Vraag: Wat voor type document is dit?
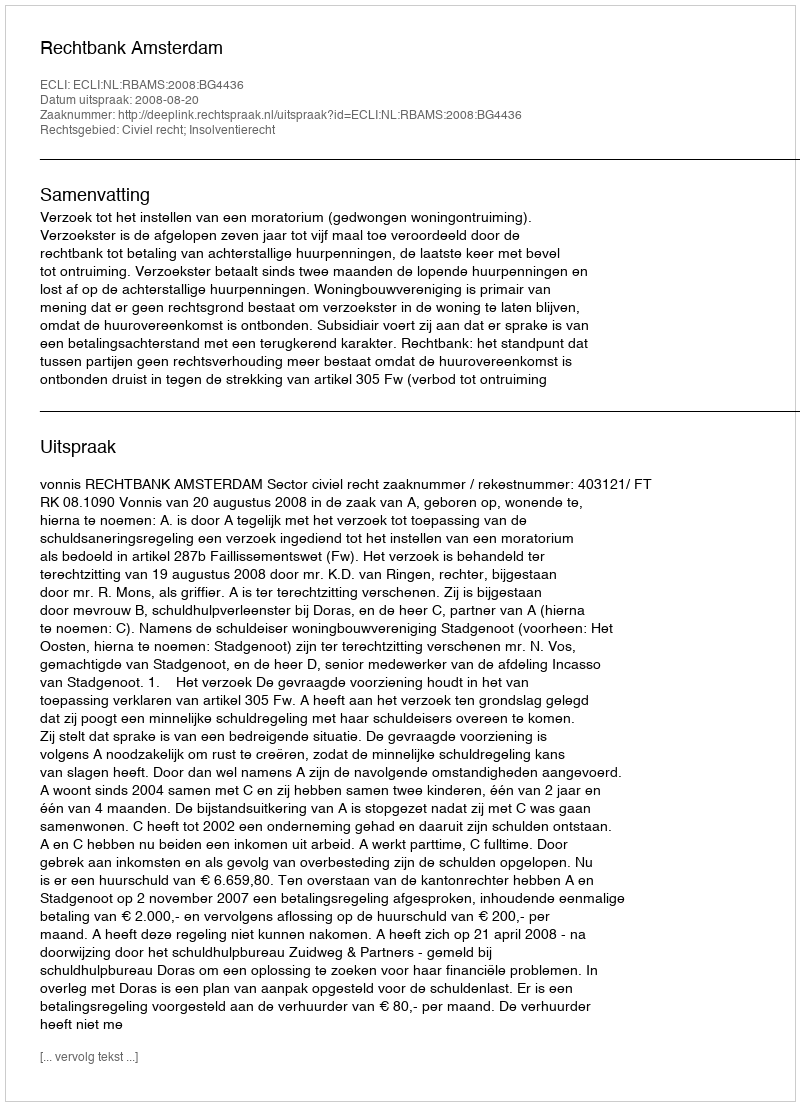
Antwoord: Uitspraak